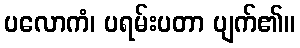
ပလောကံ၊ ပရမ်းပတာ ပျက်၏။